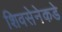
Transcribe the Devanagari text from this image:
शिवसेनेकडे